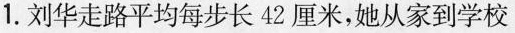
1.刘华走路平均每步长42厘米，她从家到学校